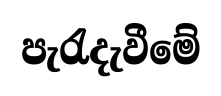
පැරැදැවීමේ